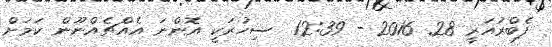
ފެބްރުއަރީ 28